Report on malaria in the Punjab during the year ...  together with an account of the work of the Punjab Malaria Bureau - Volume 6
Disease focus: Malaria
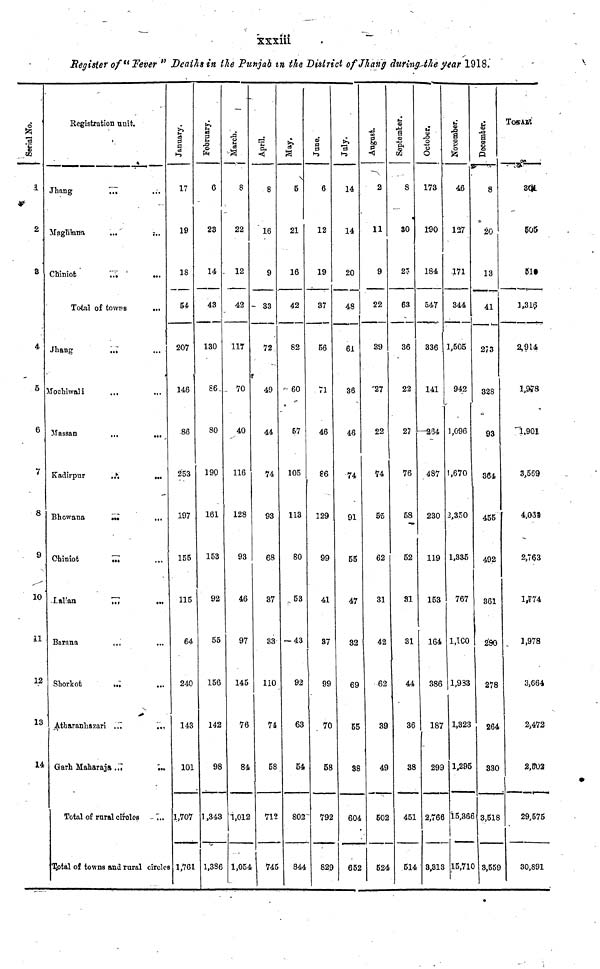
xxxiii
Register of " Fever " Deaths in the Punjab in the District of Jhang during the year 1918.
Serial No.
1
2
8
4
5
6
7
8
9
10
11
12
13
14
Registration unit.
Jhang
Maghiana
Chiniot
...
...
...
Total of towns
Jhang
Mochiwali
Massan
Kadirpur
Bhowana
Chiniot
Lalian
Barana
Shorkot
Atharanhazari
...
...
...
...
...
• t«
...
...
...
...
Garh Maharaja ...
Total of rural circles
...
...
...
...
...
...
...
...
...
...
...
...
...
...
...
...
Total of towns and rural circles
January.
17
19
18
54
207
146
86
253
197
155
115
64
240
143
101
1,707
1,761
February.
6
23
14
43
130
86
80
190
161
153
92
55
156
142
98
1,343
1,386
March.
8
22
12
42
117
70
40
116
128
93
46
97
145
76
84
1,012
1,054
April.
8
16
9
33
72
49
44
74
93
68
37
33
110
74
58
712
745
May.
5
21
16
42
82
60
57
105
113
80
53
43
92
63
54
802
844
June.
6
12
19
37
56
71
46
86
129
99
41
37
99
70
58
792
829
July.
14
14
20
48
61
36
46
74
91
55
47
32
69
55
38
604
652
August.
2
11
9
22
39
27
22
74
55
62
31
42
62
39
49
502
524
September.
8
30
23
63
36
22
27
76
58
52
31
31
44
36
38
451
514
October.
173
190
184
547
336
141
264
487
230
119
153
164
386
187
299
2,766
3,313
November.
46
127
171
344
1,505
942
1,096
1,670
2,350
1,335
767
1,100
1,983
1,323
1,295
15,366
15,710
December.
8
20
13
41
273
328
93
364
455
492
361
280
278
264
330
3,518
3,559
TOTAL.
301
505
510
1,316
2,914
1,978
1,901
3,569
4,03
2,763
1,774
1,978
3,664
2,472
2,502
29,575
30,891